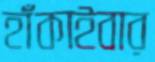
হাঁকাইবার